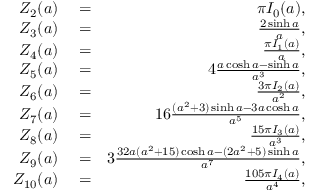
\begin{array} { r l r } { Z _ { 2 } ( a ) } & { { } = } & { \pi I _ { 0 } ( a ) , } \\ { Z _ { 3 } ( a ) } & { { } = } & { \frac { 2 \sinh a } { a } , } \\ { Z _ { 4 } ( a ) } & { { } = } & { \frac { \pi I _ { 1 } ( a ) } { a } , } \\ { Z _ { 5 } ( a ) } & { { } = } & { 4 \frac { a \cosh a - \sinh a } { a ^ { 3 } } , } \\ { Z _ { 6 } ( a ) } & { { } = } & { \frac { 3 \pi I _ { 2 } ( a ) } { a ^ { 2 } } , } \\ { Z _ { 7 } ( a ) } & { { } = } & { 1 6 \frac { ( a ^ { 2 } + 3 ) \sinh a - 3 a \cosh a } { a ^ { 5 } } , } \\ { Z _ { 8 } ( a ) } & { { } = } & { \frac { 1 5 \pi I _ { 3 } ( a ) } { a ^ { 3 } } , } \\ { Z _ { 9 } ( a ) } & { { } = } & { 3 \frac { 3 2 a ( a ^ { 2 } + 1 5 ) \cosh a - ( 2 a ^ { 2 } + 5 ) \sinh a } { a ^ { 7 } } , } \\ { Z _ { 1 0 } ( a ) } & { { } = } & { \frac { 1 0 5 \pi I _ { 4 } ( a ) } { a ^ { 4 } } , } \end{array}